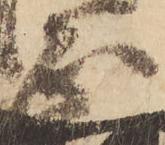
正